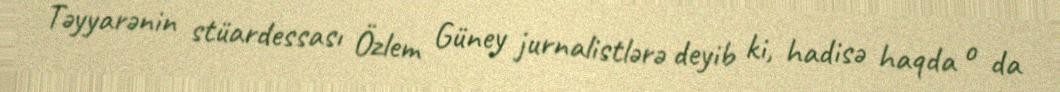
Təyyarənin stüardessası Özlem Güney jurnalistlərə deyib ki, hadisə haqda o da